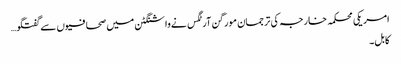
امریکی محکمہ خارجہ کی ترجمان مورگن آرٹگس نےواشنگٹن میں صحافیوں سےگفتگو…
کابل۔